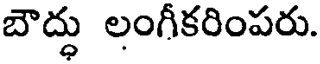
బౌద్ధు లంగీకరింపరు.